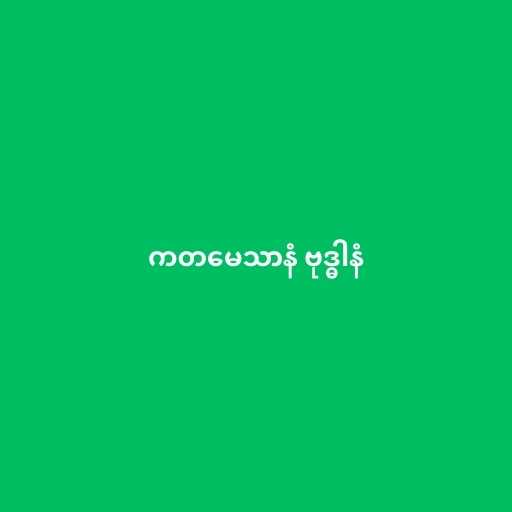
ကတမေသာနံ ဗုဒ္ဓါနံ